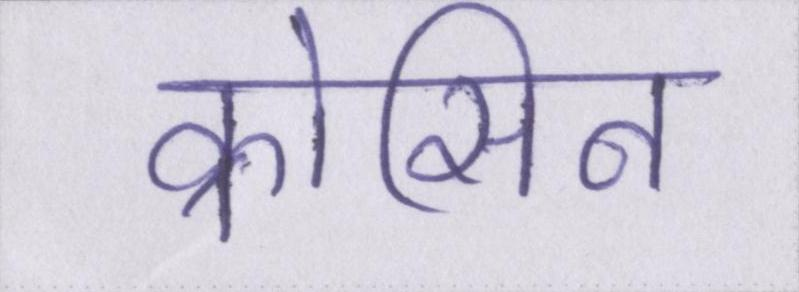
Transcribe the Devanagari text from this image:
क्रोसिन